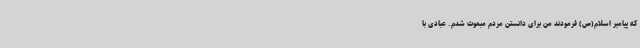
که پیامبر اسلام(ص) فرمودند من برای دانستن مردم مبعوث شدم. عبادی با